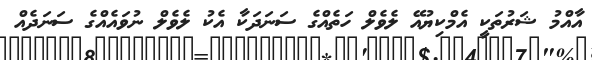
އާއްމު ޝަރުތަކީ އެމްކިޔުއޭ ލެެވެލް ހަތެއްގެ ސަނަދަކާ އެކު ލެވެލް ނުވައެއްގެ ސަނަދެއް